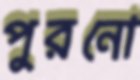
পুরনো